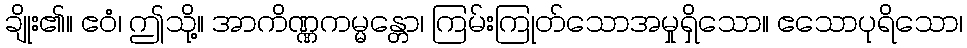
ချိုး၏။ ဧဝံ၊ ဤသို့။ အာကိဏ္ဏကမ္မန္တော၊ ကြမ်းကြုတ်သောအမှုရှိသော။ ဧသောပုရိသော၊